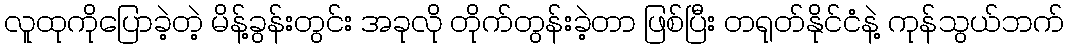
လူထုကိုပြောခဲ့တဲ့ မိန့်ခွန်းတွင်း အခုလို တိုက်တွန်းခဲ့တာ ဖြစ်ပြီး တရုတ်နိုင်ငံနဲ့ ကုန်သွယ်ဘက်